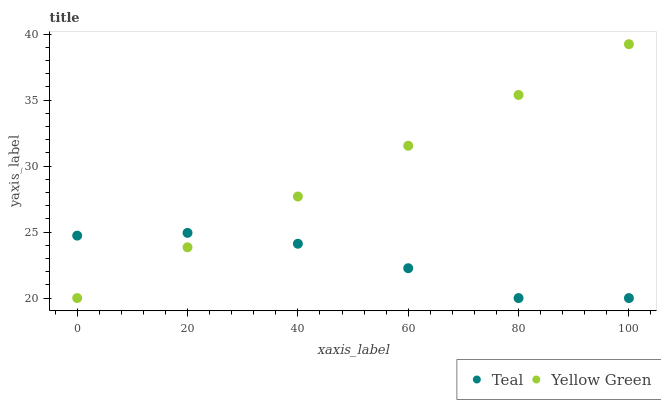
| xaxis_label | Teal | Yellow Green |
 | --- | --- | --- |
 | 0 | 24.7 | 20 |
 | 20 | 24.9 | 23.8 |
 | 40 | 24.1 | 27.7 |
 | 60 | 22.3 | 31.5 |
 | 80 | 20 | 35.4 |
 | 100 | 20 | 39.2 |